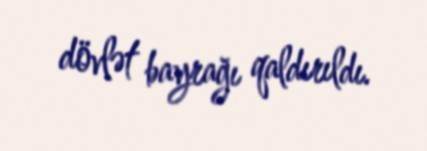
dövlət bayrağı qaldırıldı.